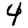
Digit: 4